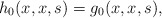
\begin{align*}h_0(x,x,s)=g_0(x,x,s),\end{align*}